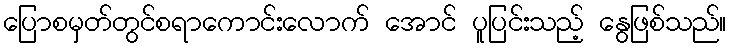
ပြောစမှတ်တွင်စရာကောင်းလောက် အောင် ပူပြင်းသည့် နွေဖြစ်သည်။